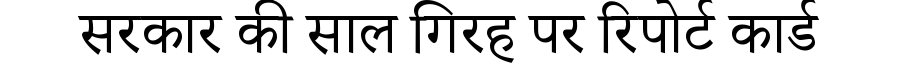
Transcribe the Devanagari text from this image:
सरकार की साल गिरह पर रिपोर्ट कार्ड